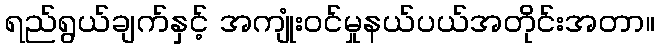
ရည်ရွယ်ချက်နှင့် အကျုံးဝင်မှုနယ်ပယ်အတိုင်းအတာ။